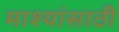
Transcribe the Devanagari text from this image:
माश्यांसाठी